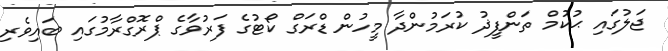
ޖަލުގައި ޙުކުމް ތަންފީޛު ކުރަމުންދާ މީހުން ޑްރަގް ކޯޓުގެ ފަރުވާގެ ޕްރޮގްރާމުގައި ބައިވެރި